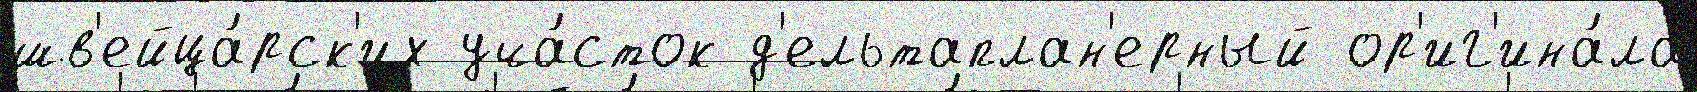
шв'ейца́рск'их уча́сток д'ельтаплан'ерный ор'иг'ина́ла